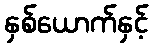
နှစ်ယောက်နှင့်